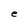
Character: e